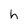
Character: h